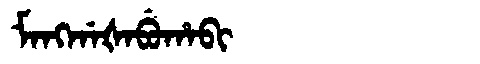
Manchu: ᠮᠠᠩᡤᠠᡧᠠᠪᡠᡥᠠᠪᡳ
Romanization: MANGGAŠABUHABI